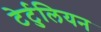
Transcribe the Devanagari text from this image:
टेर्टुलियन